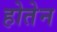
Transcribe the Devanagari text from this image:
होतेन